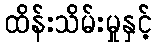
ထိန်းသိမ်းမှုနှင့်